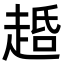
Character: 𬦐